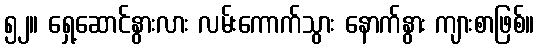
၅၂။ ရှေ့ဆောင်နွားလား လမ်းကောက်သွား နောက်နွား ကျားစာဖြစ်။